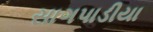
સાગપાડીયા